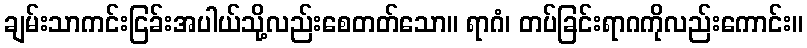
ချမ်းသာကင်းငြခ်းအပါယ်သို့လည်းစေတတ်သော။ ရာဂံ၊ တပ်ခြင်းရာဂကိုလည်းကောင်း။